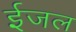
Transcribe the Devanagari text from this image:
ईजल